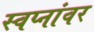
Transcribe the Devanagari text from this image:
स्वप्नांवर